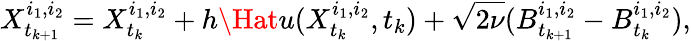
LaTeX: X_{t_{k+1}}^{i_{1},i_{2}}=X_{t_{k}}^{i_{1},i_{2}}+h\Hat{u}(X_{t_{k}}^{i_{1},i_{2}},t_{k})+\sqrt{2\nu}(B_{t_{k+1}}^{i_{1},i_{2}}-B_{t_{k}}^{i_{1},i_{2}}),